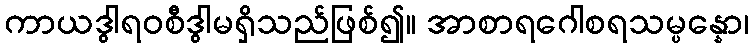
ကာယဒွါရဝစီဒွါမရှိသည်ဖြစ်၍။ အာစာရဂေါစရသမ္ပန္နော၊